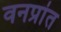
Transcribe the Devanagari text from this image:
वनप्रांत